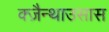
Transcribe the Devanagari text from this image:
क्ज़ैन्थाउसास